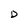
Character: D